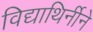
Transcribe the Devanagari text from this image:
विद्याथिर्नीने